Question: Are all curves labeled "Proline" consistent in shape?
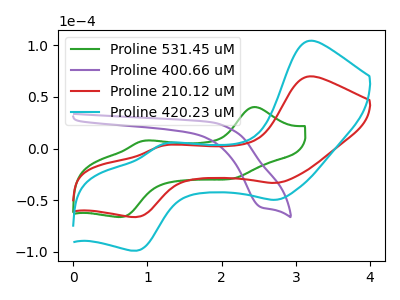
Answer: <think>The green curve "Proline 531.45 uM" has anodic peaks at (2.45V, 40.35uA) (1.00V, 7.95uA) and cathodic peaks at (2.20V, -28.40uA) (0.65V, -66.05uA). The purple curve "Proline 400.66 uM" has a cathodic peak at: (2.55V, -56.90uA). The red curve "Proline 210.12 uM" has anodic peaks at (3.20V, 69.90uA) (1.20V, 3.05uA) and cathodic peaks at (2.75V, -33.15uA) (0.85V, -66.10uA). The cyan curve "Proline 420.23 uM" has anodic peaks at (3.20V, 104.35uA) (1.20V, 4.55uA) and cathodic peaks at (2.75V, -49.45uA) (0.85V, -98.65uA).
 "Proline 531.45 uM" and "Proline 400.66 uM" have a different number of peaks. "Proline 531.45 uM" and "Proline 210.12 uM" have at least one peak that do not match. "Proline 531.45 uM" and "Proline 420.23 uM" have at least one peak that do not match. "Proline 400.66 uM" and "Proline 210.12 uM" have a different number of peaks. "Proline 400.66 uM" and "Proline 420.23 uM" have a different number of peaks. All the peaks in "Proline 210.12 uM" have a peak in "Proline 420.23 uM" at the same potential. Every peak in "Proline 210.12 uM" is lower than every peak in "Proline 420.23 uM".</think>
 <answer>All the CV's of "Proline" have similar shape.</answer>
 <eval>follow_rule</eval>